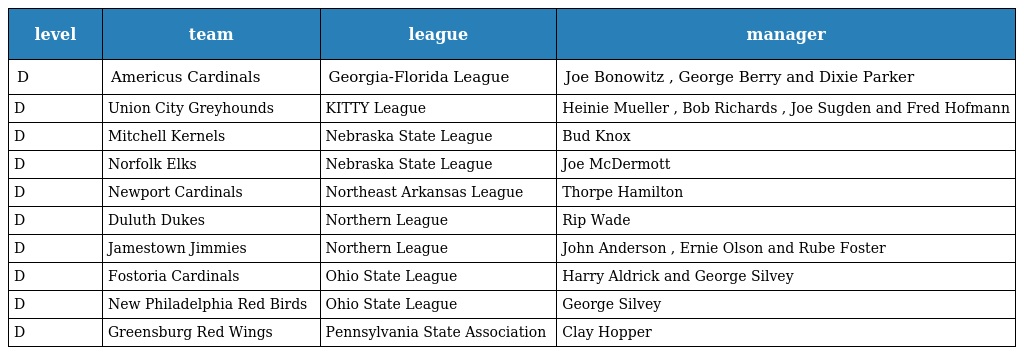
| level | team | league | manager |
 | --- | --- | --- | --- |
 | D | Americus Cardinals | Georgia-Florida League | Joe Bonowitz , George Berry and Dixie Parker |
 | D | Union City Greyhounds | KITTY League | Heinie Mueller , Bob Richards , Joe Sugden and Fred Hofmann |
 | D | Mitchell Kernels | Nebraska State League | Bud Knox |
 | D | Norfolk Elks | Nebraska State League | Joe McDermott |
 | D | Newport Cardinals | Northeast Arkansas League | Thorpe Hamilton |
 | D | Duluth Dukes | Northern League | Rip Wade |
 | D | Jamestown Jimmies | Northern League | John Anderson , Ernie Olson and Rube Foster |
 | D | Fostoria Cardinals | Ohio State League | Harry Aldrick and George Silvey |
 | D | New Philadelphia Red Birds | Ohio State League | George Silvey |
 | D | Greensburg Red Wings | Pennsylvania State Association | Clay Hopper |